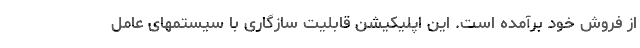
از فروش خود برآمده است. این اپلیکیشن قابلیت سازگاری با سیستمهای عامل